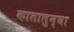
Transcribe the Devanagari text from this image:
कातालुन्या